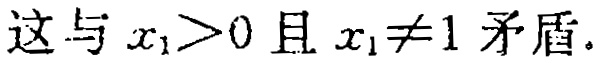
这与 \(x_{1}>0\) 且 \(x_{1}\neq1\) 矛盾.